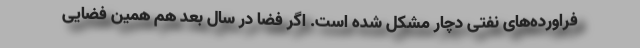
فراورده‌های نفتی دچار مشكل شده است. اگر فضا در سال بعد هم همین فضایی